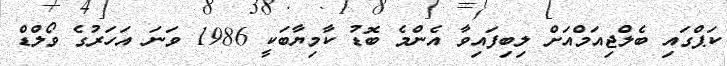
ކަޕްގައި ބެލްޖިއަމްއަށް ލިބިފައިވާ އެންމެ ބޮޑު ކާމިޔާބަކީ 1986 ވަނަ އަހަރުގެ ވޯލްޑް